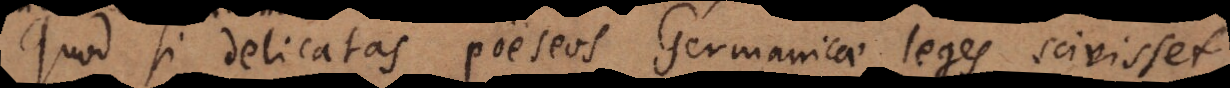
Quod si delicatas poëseos Germanicae leges scivisset,